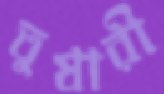
তুষারী